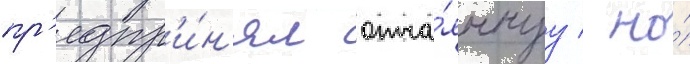
пр'едпр'и́н'ял отча́яннуу / но́